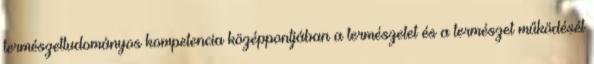
természettudományos kompetencia középpontjában a természetet és a természet működését